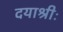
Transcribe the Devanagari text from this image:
दयाश्रीः